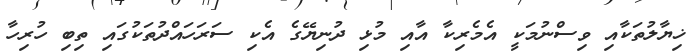
ޚިޔާލުތަކާއި ވިސްނުމަކީ އެމެރިކާ އާއި މުޅި ދުނިޔޭގެ އެކި ސަރަހައްދުތަކުގައި ތިބި ހުރިހާ